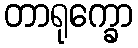
တာရုက္ခော